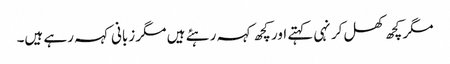
مگر کچھ کھل کر نہی کہتے اور کچھ کہہ رہئے ہیں مگر زبانی کہہ رہے ہیں۔